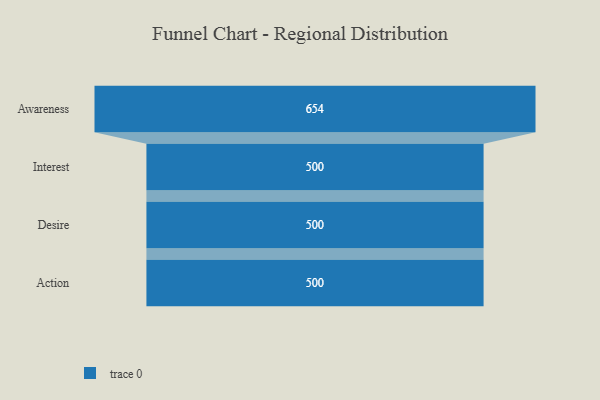
{"axis": {"x": "Stage", "y": "Value"}, "legend": [""], "data": [{"x": "Awareness", "y": 654.0, "type": ""}, {"x": "Interest", "y": 500, "type": ""}, {"x": "Desire", "y": 500, "type": ""}, {"x": "Action", "y": 500, "type": ""}]}